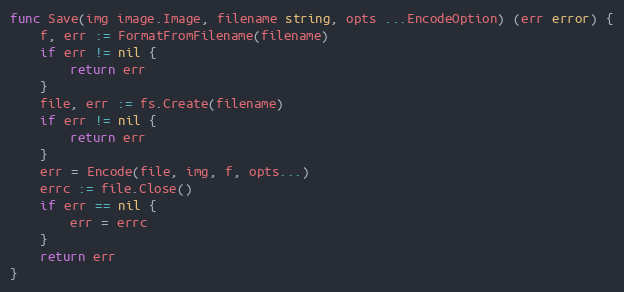
Language: Go
func Save(img image.Image, filename string, opts ...EncodeOption) (err error) {
	f, err := FormatFromFilename(filename)
	if err != nil {
		return err
	}
	file, err := fs.Create(filename)
	if err != nil {
		return err
	}
	err = Encode(file, img, f, opts...)
	errc := file.Close()
	if err == nil {
		err = errc
	}
	return err
}